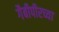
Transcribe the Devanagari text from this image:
गैबीपीरच्या